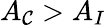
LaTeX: A_{\mathcal{C}}>A_{I}